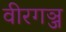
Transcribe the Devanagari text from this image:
वीरगञ्ज